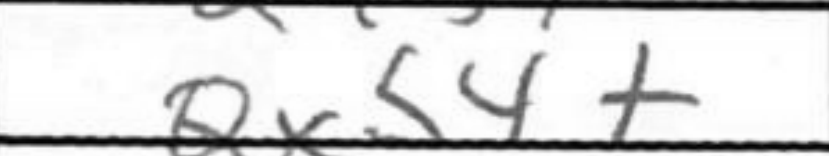
Transcription: Qxb4+